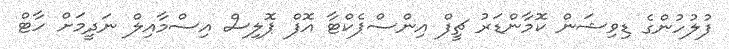
ފުލުހުންގެ ޑިވިޝަން ކޮމާންޑަރު ޗީފް އިންސްޕެކްޓާ އޮފް ޕޮލިސް އިސްމާއިލް ނަދީމަށް ހާޓް